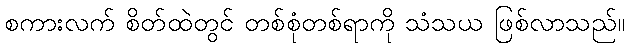
စကားလက် စိတ်ထဲတွင် တစ်စုံတစ်ရာကို သံသယ ဖြစ်လာသည်။